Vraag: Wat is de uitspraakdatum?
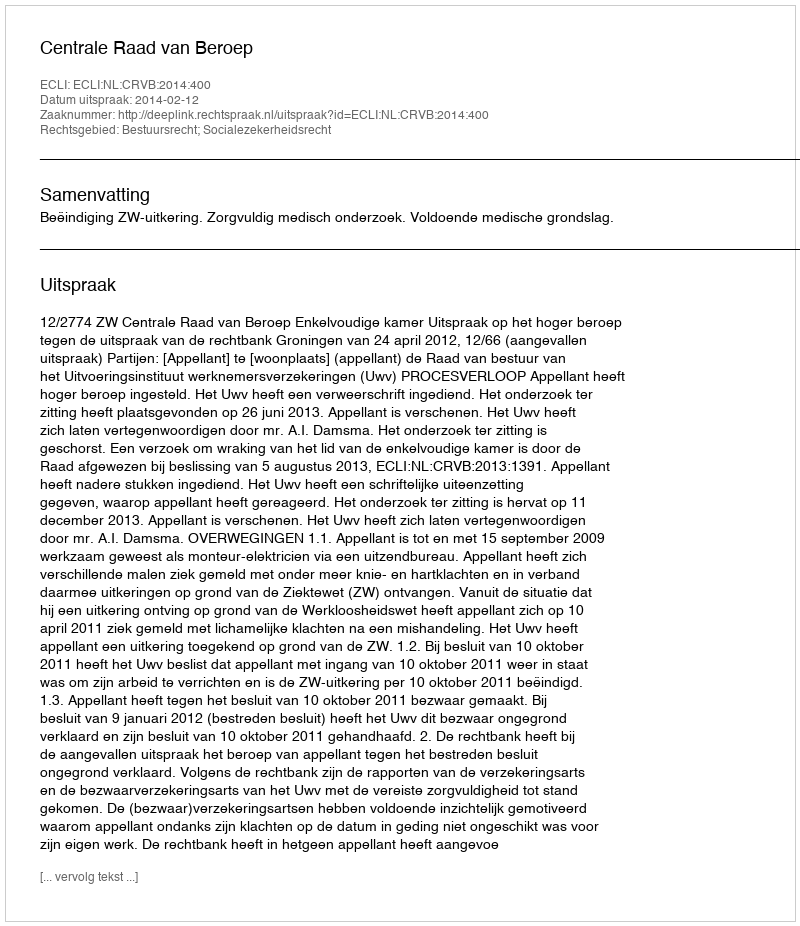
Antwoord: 2014-02-12